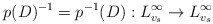
\begin{align*}p(D)^{-1}=p^{-1}(D): L^\infty_{v_s}\to L^\infty_{v_s}\end{align*}